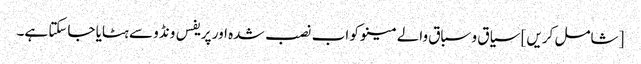
[شامل کریں] سیاق و سباق والے مینو کو اب نصب شدہ اور پریفس ونڈو سے ہٹایا جاسکتا ہے۔